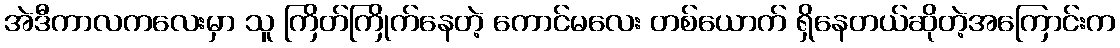
အဲဒီကာလကလေးမှာ သူ ကြိတ်ကြိုက်နေတဲ့ ကောင်မလေး တစ်ယောက် ရှိနေတယ်ဆိုတဲ့အကြောင်းက